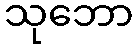
သုဘော